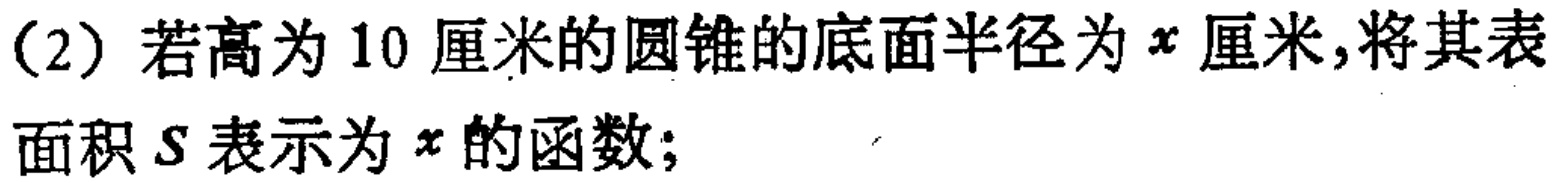
(2) 若高为 10 厘米的圆锥的底面半径为 \(x\) 厘米,将其表面积 \(S\) 表示为 \(x\) 的函数;